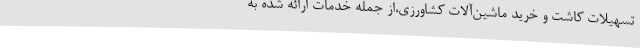
تسهیلات کاشت و خرید ماشین‌آلات کشاورزی،از جمله خدمات ارائه شده به